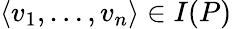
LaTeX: \langle v_{1},\ldots,v_{n}\rangle\in I(P)